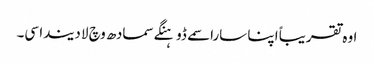
اوہ تقریباً اپنا سارا سمے ڈوہنگے سمادھ وچ لا دیندا سی۔